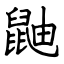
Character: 鼬